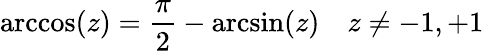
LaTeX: \operatorname{arccos}(z)={\frac{\pi}{2}}-\arcsin(z)\quad z\neq-1,+1